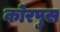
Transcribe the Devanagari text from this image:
कोरपुस